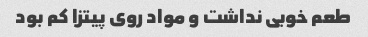
طعم خوبی نداشت و مواد روی پیتزا کم بود